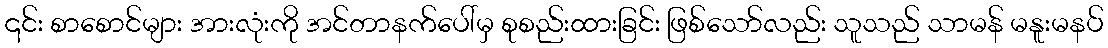
၎င်း စာစောင်များ အားလုံးကို အင်တာနက်ပေါ်မှ စုစည်းထားခြင်း ဖြစ်သော်လည်း သူသည် သာမန် မနူးမနပ်